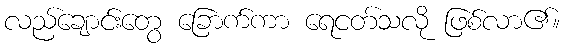
လည်ချောင်းတွေ ခြောက်ကာ ရေငတ်သလို ဖြစ်လာ၏။